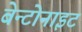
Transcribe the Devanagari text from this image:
बेन्टोनाइट